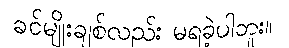
ခင်မျိုးချစ်လည်း မရခဲ့ပါဘူး။